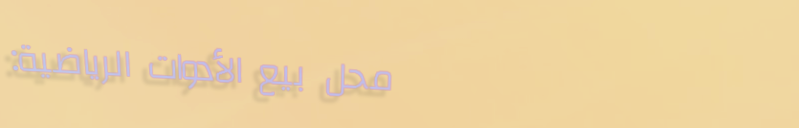
محل بيع الأدوات الرياضية: